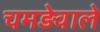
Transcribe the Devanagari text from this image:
चमड़ेवाले